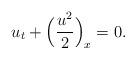
LaTeX: \begin{align*} u_t+\Big(\frac{u^2}{2}\Big)_x=0.\end{align*}